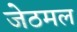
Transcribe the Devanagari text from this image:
जेठमल